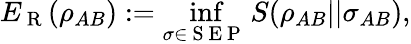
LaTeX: E_{\mathrm{~R~}}(\rho_{AB}):=\operatorname*{inf}_{\sigma\in\mathrm{~S~E~P~}}S(\rho_{AB}||\sigma_{AB}),